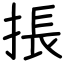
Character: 掁